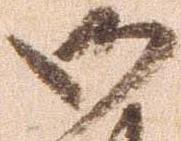
御